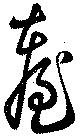
台